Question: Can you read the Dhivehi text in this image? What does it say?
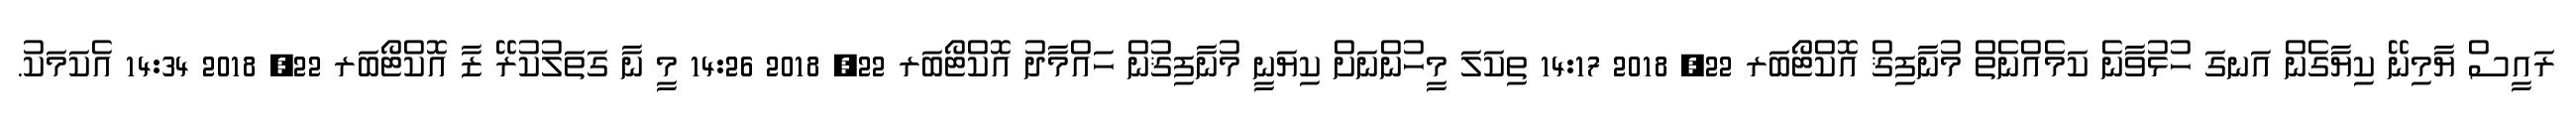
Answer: ރައީސް ޔާމިނޭ ކިޔާގެން އަނގަ ހުޅުވާނެ ކަމެއްނެތް މުނާފިޤް އޮކްޓޯބަރ 22, 2018 14:17 ތިކަލަ މީހުންނަށް ކިޔަނީ މުނާފިޤުން ހައްމާދު އޮކްޓޯބަރ 22, 2018 14:26 މީ ނާ ގަތަލުކުރޭ ޒާ އޮކްޓޯބަރ 22, 2018 14:34 އެކަމަކު.